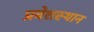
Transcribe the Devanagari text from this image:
प्रवेशस्थान